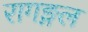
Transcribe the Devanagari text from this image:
रागङ्गल